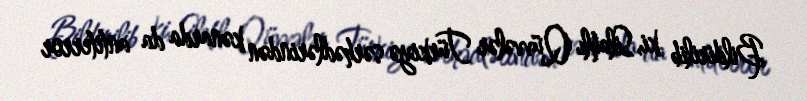
Bildirilib ki, Silahlı Qüvvələr Türkiyə sərhədlərindən kənarda da antiterror